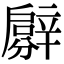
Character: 𨐳